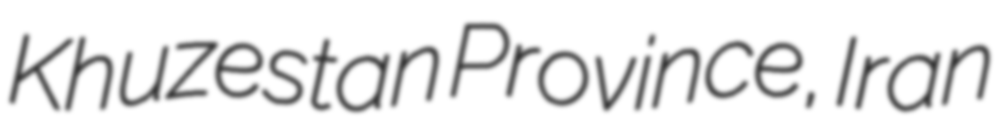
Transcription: Khuzestan Province, Iran